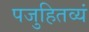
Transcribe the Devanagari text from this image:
पजुहितव्यं